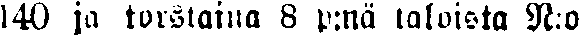
140 ja torstaina 8 p:nä taloista N:o